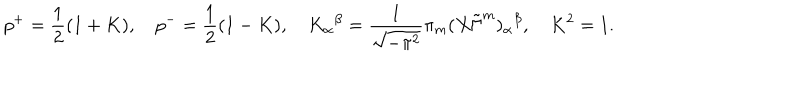
p ^ { + } = \frac { 1 } { 2 } ( 1 + K ) , \quad p ^ { - } = \frac { 1 } { 2 } ( 1 - K ) , \quad { K _ { \alpha } } ^ { \beta } = \frac { 1 } { \sqrt { - \pi ^ { 2 } } } \pi _ { m } ( X \tilde { \Gamma } ^ { m } ) _ { \alpha } { } ^ { \beta } , \quad K ^ { 2 } = 1 .